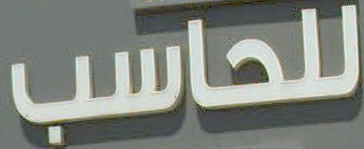
للحاسب